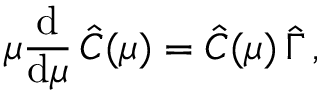
\mu \frac { \mathrm { d } } { \mathrm { d } \mu } \, \hat { C } ( \mu ) = \hat { C } ( \mu ) \, \hat { \Gamma } \, ,